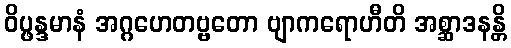
ဝိပ္ဖန္ဒမာနံ အဂ္ဂဟေတဗ္ဗတော ဗျာကရောဟီတိ အစ္ဆာဒနန္တိ